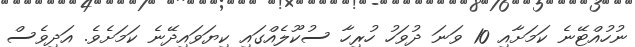
ނުހުއްޓޭނެ ކަމަށާއި 10 ވަނަ ދުވަހު ހުރިހާ ސުކޫލެއްގައި ކިޔަވައިދޭނެ ކަމަށެވެ. އަދިވެސް